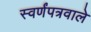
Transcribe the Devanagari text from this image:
स्वर्णंपत्रवाले